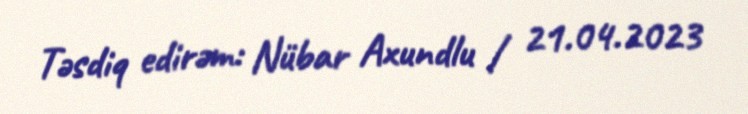
Təsdiq edirəm: Nübar Axundlu / 21.04.2023